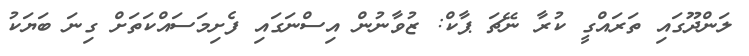
ލަންދޫގައި ތަރައްގީ ކުރާ ނޭޗަ ޕާކް: ޒުވާނުން އިސްނަގައި ފެށިމަސައްކަތަށް ގިނަ ބަޔަކު